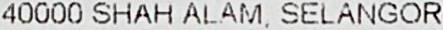
40000 SHAH ALAM, SELANGOR